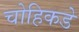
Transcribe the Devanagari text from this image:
चोहिकडे